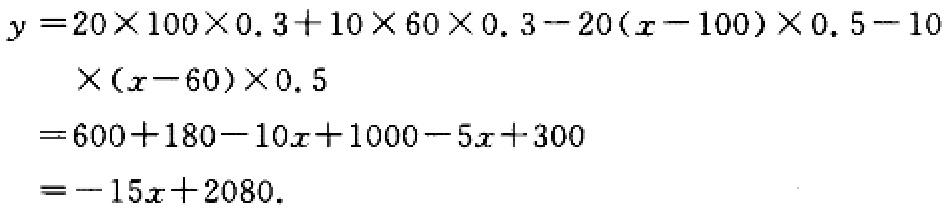
\[
\begin{align*}
y&=20\times100\times0.3 + 10\times60\times0.3-20(x - 100)\times0.5-10\\
&\quad\times(x - 60)\times0.5\\
&=600 + 180-10x+1000-5x + 300\\
&=-15x + 2080.
\end{align*}
\]